Veterinary regulations India, 1935 -
Year: 1935
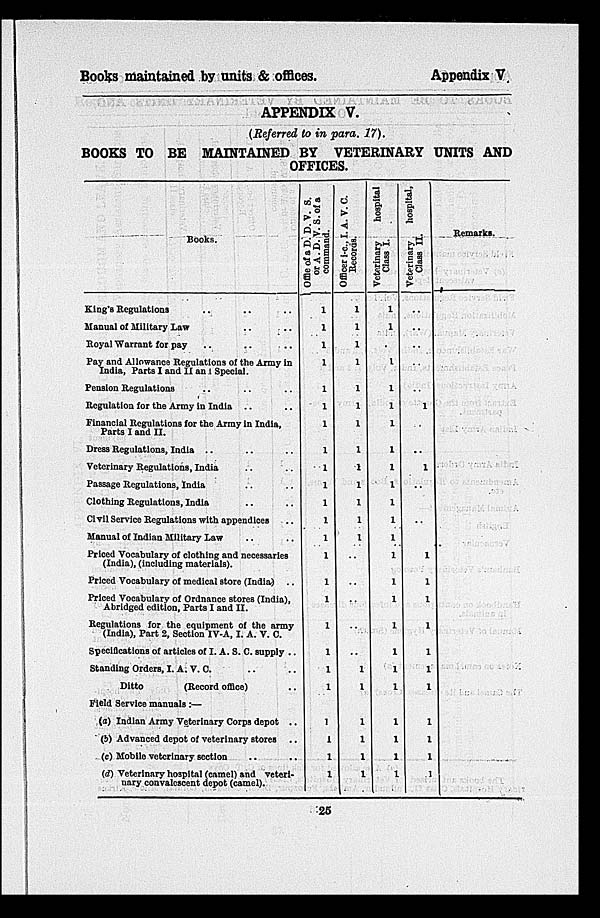
Books maintained by units & offices.
Appendix V
APPENDIX V.
(Referred to in para. 17).
BOOKS TO BE MAINTAINED BY VETERINARY UNITS AND
OFFICES.
Books.
King's Regulations .. .. ..
Manual of Military Law .. ..
Royal Warrant for pay .. .. ..
Pay and Allowance Regulations of the Army in
India, Parts I and II an 1 Special.
Pension Regulations .. .. ..
Regulation for the Army in India .. ..
Financial Regulations for the Army in India,
Parts I and II.
Dress Regulations, India .. .. ..
Veterinary Regulations, India .. ..
Passage Regulations, India .. ..
Clothing Regulations, India .. ..
Civil Service Regulations with appendices ..
Manual of Indian Military Law .. ..
Priced Vocabulary of clothing and necessaries
(India), (including materials).
Priced Vocabulary of medical store (India) ..
Priced Vocabulary of Ordnance stores (India),
Abridged edition, Parts I and II.
Regulations for the equipment of the army
(India), Part 2, Section IV-A, I. A. V. C.
Specifications of articles of I. A. S. C. supply ..
Standing Orders, I. A. V. C. .. ..
Ditto
(Record office) ..
Field Service manuals:—
(a) Indian Army Veterinary Corps depot ..
(b) Advanced depot of veterinary stores ..
(c) Mobile veterinary section .. ..
(d) Veterinary hospital (camel) and veteri-
nary convalescent depot (camel).
Offie
of a D. D. V. S.
or A. D. V. S. of a
command.
1
1
1
1
1
1
1
1
1
1
1
1
1
1
1
1
1
1
1
1
1
1
1
1
Officer i-c.,
I. A. V. C.
Records.
1
1
1
1
1
1
1
1
1
1
1
1
1
1
..
..
..
..
..
1
1
1
1
1
1
Veterinary
hospital
Class I.
1
1
.
1
1
1
1
1
1
1
1
1
1
1
1
1
1
1
1
1
1
1
1
1
Veterinary
hospital,
Class II.
..
..
..
..
..
1
..
1
..
..
1
1
1
1
1
1
1
1
1
1
1
Remarks.
25